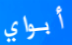
أبواي